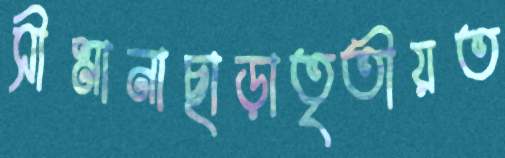
সীমানাছাড়াতৃতীয়ত